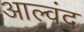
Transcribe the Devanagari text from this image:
आल्वंद